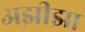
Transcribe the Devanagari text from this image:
अझीझा